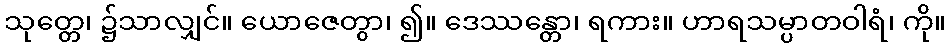
သုတ္တေ၊ ၌သာလျှင်။ ယောဇေတွာ၊ ၍။ ဒေဿန္တော၊ ရကား။ ဟာရသမ္ပာတဝါရံ၊ ကို။